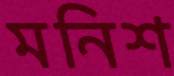
মনিশ